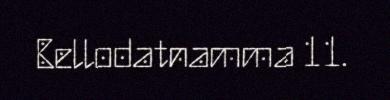
Bellodatnamma 11.